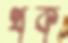
থক